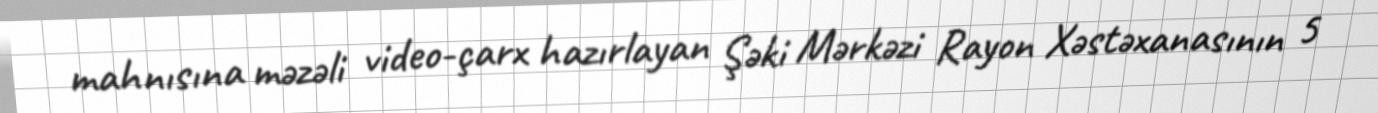
mahnısına məzəli video-çarx hazırlayan Şəki Mərkəzi Rayon Xəstəxanasının 5